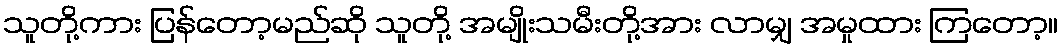
သူတို့ကား ပြန်တော့မည်ဆို သူတို့ အမျိုးသမီးတို့အား လာမျှ အမှုထား ကြတော့။